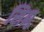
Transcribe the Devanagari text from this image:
सिझू